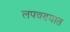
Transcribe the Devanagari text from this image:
लपवण्यात